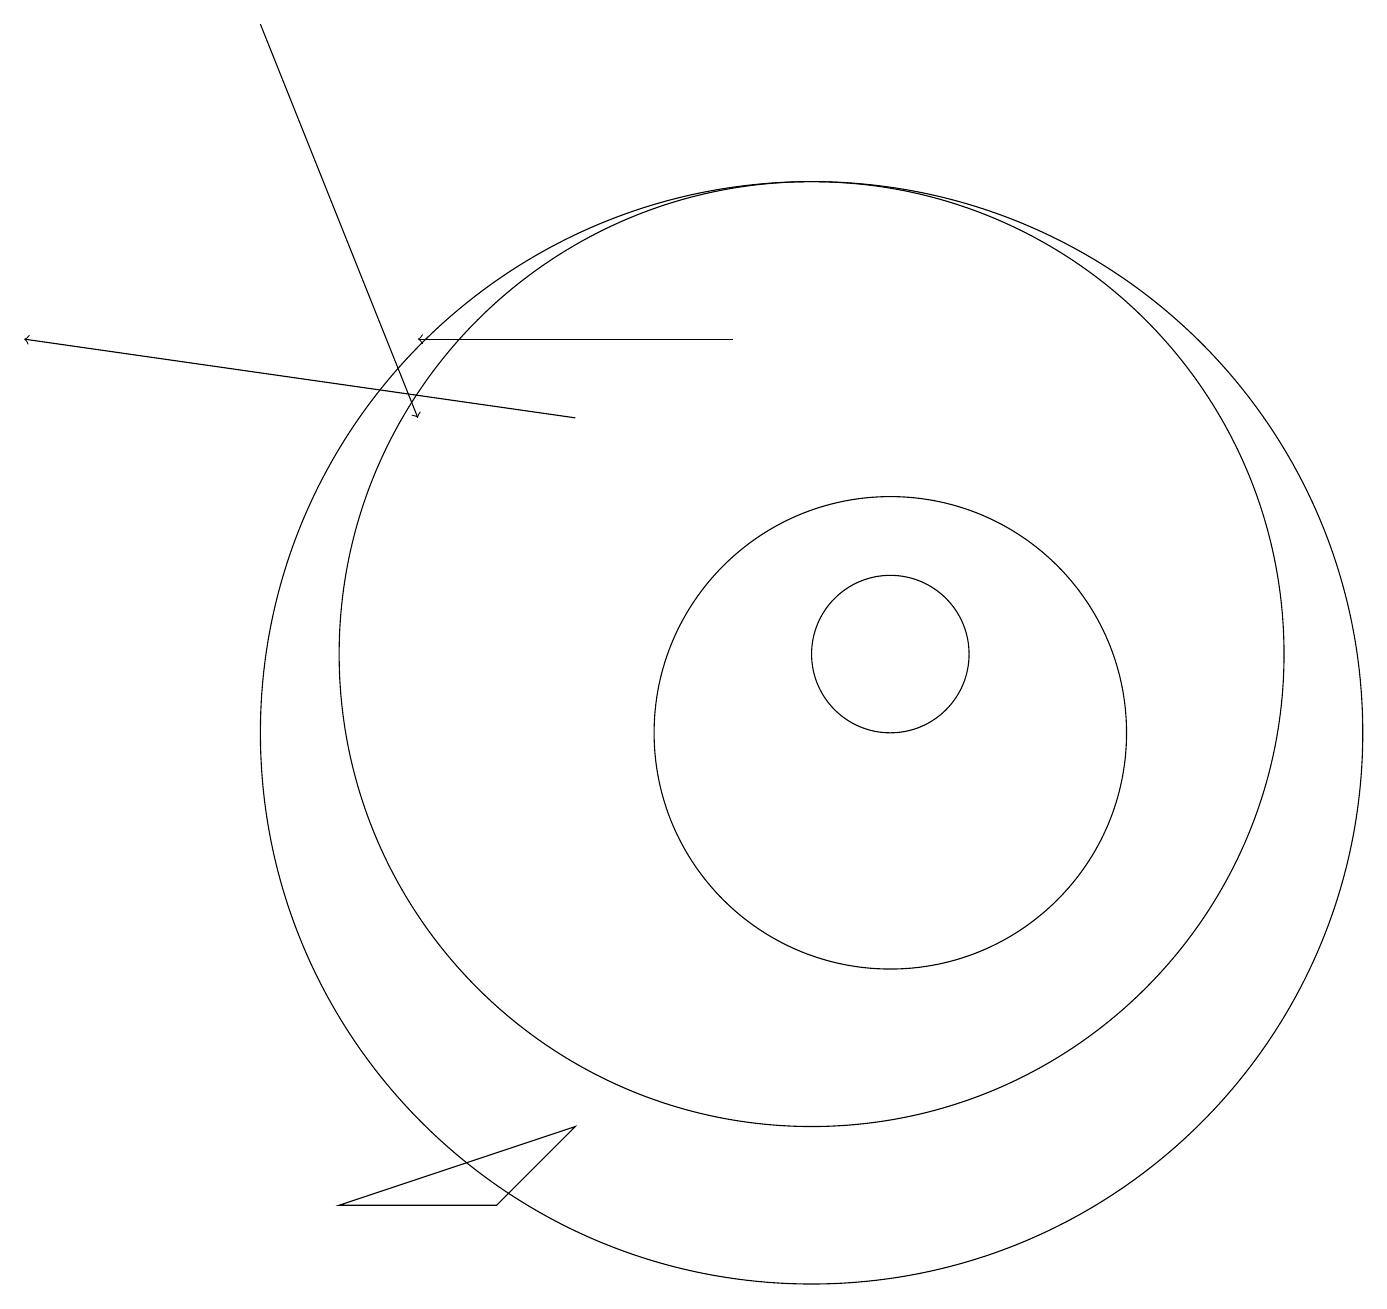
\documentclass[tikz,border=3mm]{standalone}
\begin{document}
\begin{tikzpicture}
\draw (10,11) circle (6);
\draw (11,10) circle (3);
\draw[->] (9,15) -- (5,15);
\draw (11,11) circle (1);
\draw (4,4) -- (6,4) -- (7,5) -- cycle;
\draw[->] (7,14) -- (0,15);
\draw[->] (3,19) -- (5,14);
\draw (10,10) circle (7);
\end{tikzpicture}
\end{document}